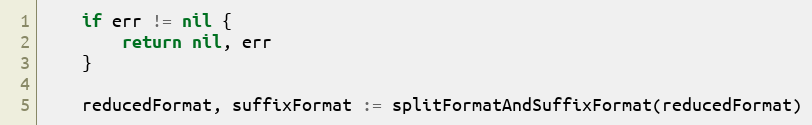
Language: Go
	if err != nil {
		return nil, err
	}

	reducedFormat, suffixFormat := splitFormatAndSuffixFormat(reducedFormat)